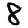
Digit: 8